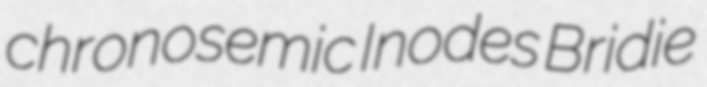
chronosemic Inodes Bridie